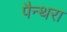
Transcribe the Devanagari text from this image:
पैन्थरा